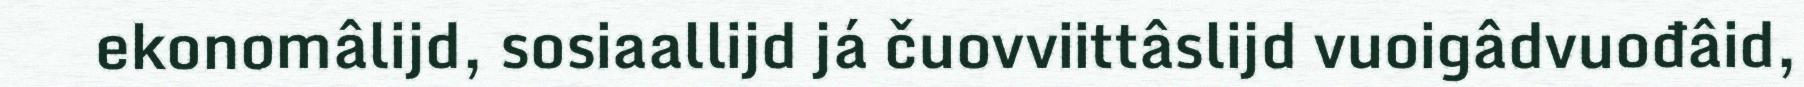
ekonomâlijd, sosiaallijd já čuovviittâslijd vuoigâdvuođâid,